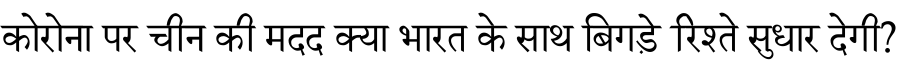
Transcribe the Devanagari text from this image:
कोरोना पर चीन की मदद क्या भारत के साथ बिगड़े रिश्ते सुधार देगी?